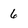
Character: 6